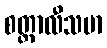
စတ္တာလီသမာ